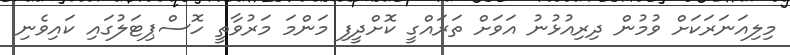
މިލިއަނަރަކަށް ވުމުން ދިރިއުޅުނު އަވަށް ތަރައްގީ ކޮށްދީފި މަންމަ މަރުވާތީ ހޮސްޕިޓަލުގައި ކައިވެނި